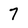
Character: 7